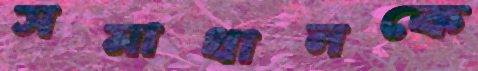
সমাধানকে